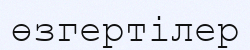
өзгертілер